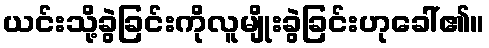
ယင်းသို့ခွဲခြင်းကိုလူမျိုးခွဲခြင်းဟုခေါ်၏။